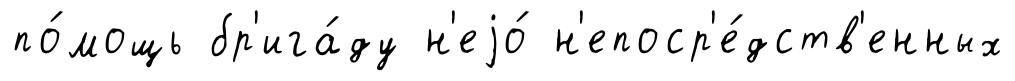
по́мощь бр'ига́ду н'еjо́ н'епоср'е́дств'енных